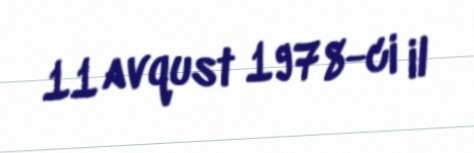
11 avqust 1978-ci il